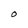
Character: O